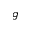
g